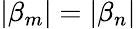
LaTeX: |\beta_{m}|=|\beta_{n}|